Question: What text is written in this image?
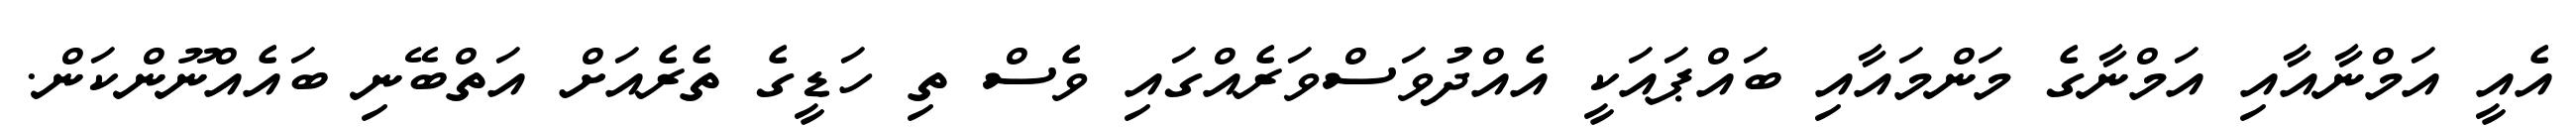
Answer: އެއީ އަމްނާއާއި އަމްނާގެ މަންމައާއި ބައްޕައަކީ އެއްދުވަސްވަރެއްގައި ވެސް ތި ހަޑީގެ ތެރެއަށް އަތްބޭނި ބައެއްނޫންކަން.